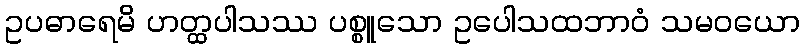
ဥပဓာရေမိ ဟတ္ထပါသဿ ပစ္စူသော ဥပေါသထဘာဝံ သမဝယော